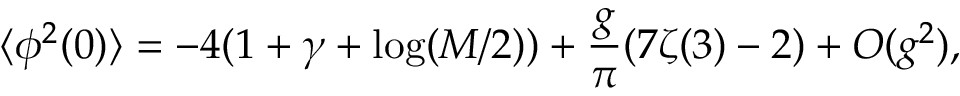
\langle \phi ^ { 2 } ( 0 ) \rangle = - 4 ( 1 + \gamma + \log ( M / 2 ) ) + \frac { g } { \pi } ( 7 \zeta ( 3 ) - 2 ) + O ( g ^ { 2 } ) ,